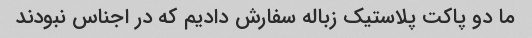
ما دو پاکت پلاستیک زباله سفارش دادیم که در اجناس نبودند